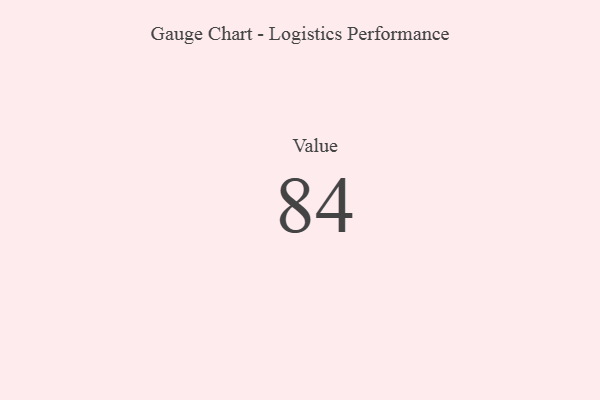
{"axis": {"x": "Metric", "y": "Value"}, "legend": [""], "data": [{"x": "Value", "y": 84, "type": ""}]}